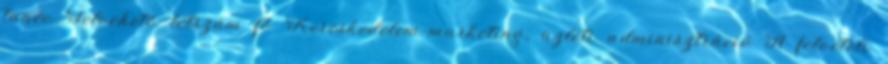
tanév Felvehető létszám fő Kereskedelem-marketing, üzleti adminisztráció A felvételi